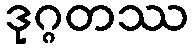
ဒုဂ္ဂတဿ